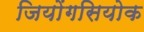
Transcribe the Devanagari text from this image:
जियोंगसियोक